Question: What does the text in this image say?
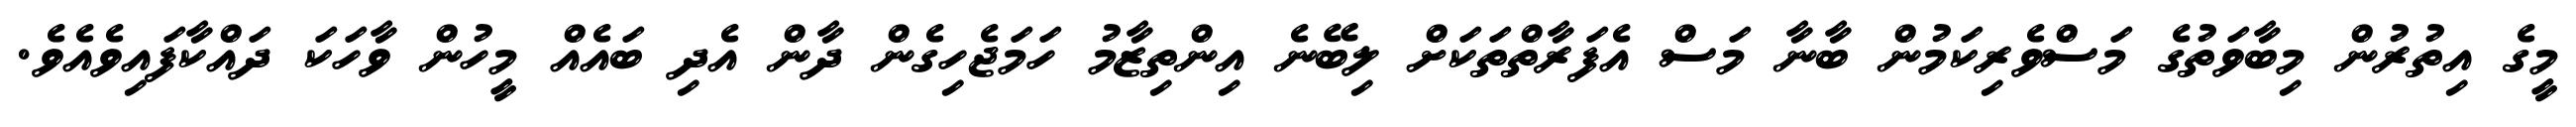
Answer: މީގެ އިތުރުން މިބާވަތުގެ މަސްވެރިކަމުން ބާނާ މަސް އެފަރާތްތަކަށް ލިބޭނެ އިންތިޒާމު ހަމަޖެހިގެން ދާން އެދި ބައެއް މީހުން ވާހަކަ ދައްކާފައިވެއެވެ.